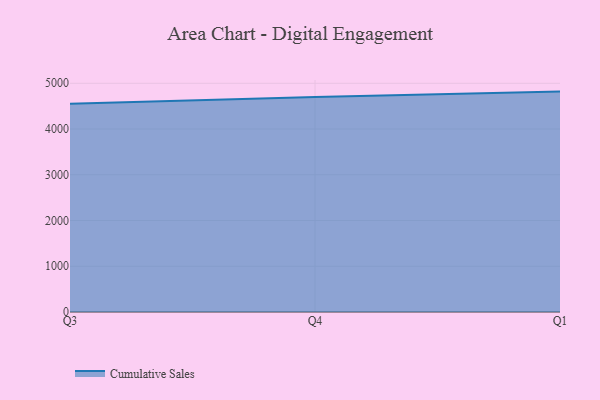
{"axis": {"x": "Quarter", "y": "LTV (USD)"}, "legend": ["Cumulative Sales"], "data": [{"x": "Q3", "y": 4551.5, "type": "Cumulative Sales"}, {"x": "Q4", "y": 4699.5, "type": "Cumulative Sales"}, {"x": "Q1", "y": 4818.4, "type": "Cumulative Sales"}]}